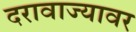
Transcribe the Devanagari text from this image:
दरावाज्यावर